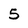
Character: 5